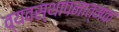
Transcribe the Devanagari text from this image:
व्यवस्थापनात्मक